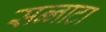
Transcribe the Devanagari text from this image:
सन्‍नाटा